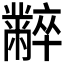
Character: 𪓌